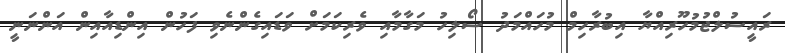
ރައީސުލްޖުމުހޫރިއްޔާ އިބުރާހިމް މުހައްމަދު ސޯލިހު މަގާމާއި ވެރިކަމަށް ވަޑައިގެންނެވި ފަހުން އިންޑިއާއިން އަންނަނީ